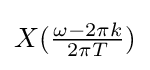
X({\tfrac {\omega -2\pi k}{2\pi T}})